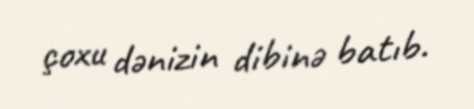
çoxu dənizin dibinə batıb.